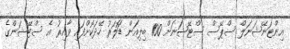
އިންޓަނޭޝަނަލް ސްޕޭސް ސްޓޭޝަނަށް 100 ބިލިއަން ޑޮަލަރު ހޭދަކޮށްފައި ވާއިރު އެ ސްޓޭޝަންގެ